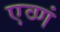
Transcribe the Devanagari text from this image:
एव्णं